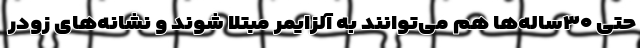
حتی ۳۰ساله‌ها هم می‌توانند به آلزایمر مبتلا شوند و نشانه‌های زودر